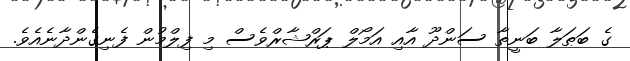
ގެ ބަޠަލާ ބަނީތާ ސަންދޫ އާއި އަމޯލް ޕަރްޝާރްވެސް މި ފިލްމުން ފެނިގެންދާނެއެވެ.